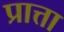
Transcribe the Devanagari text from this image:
प्रात्ता